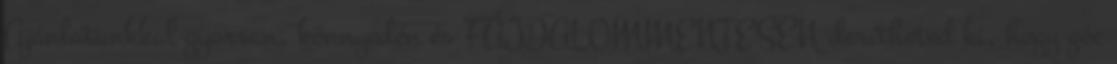
Ajánlatunkkal gyorsan, könnyedén és FÁJDALOMMENTESEN derítheted ki, hogy góc